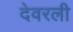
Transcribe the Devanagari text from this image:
देवरली